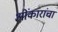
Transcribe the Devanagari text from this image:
ओंकारांचा